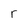
Character: r